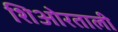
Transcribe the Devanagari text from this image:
शिओरताली